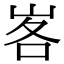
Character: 峉